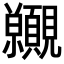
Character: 𧢪